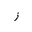
Letter: _zay